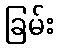
ခြမ်း